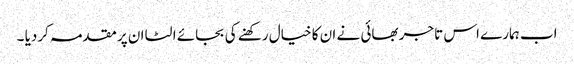
اب ہمارے اس تاجر بھائی نے ان کا خیال رکھنے کی بجائے الٹا ان پر مقدمہ کردیا ۔